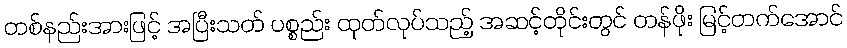
တစ်နည်းအားဖြင့် အပြီးသတ် ပစ္စည်း ထုတ်လုပ်သည့် အဆင့်တိုင်းတွင် တန်ဖိုး မြင့်တက်အောင်